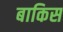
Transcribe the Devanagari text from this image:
बाकिस